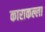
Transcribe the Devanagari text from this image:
काराकल्ला